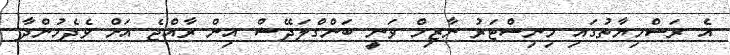
އެ ރަސްމިިޔާތުގައި މިނިސްޓަރު ނާޒިމް ވަނީ ބަންގްލަދޭޝް އިން ރާއްޖެ އަށް ވެދެމުންދާ